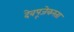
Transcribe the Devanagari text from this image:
देवपूजेकरता